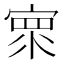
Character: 𰍓